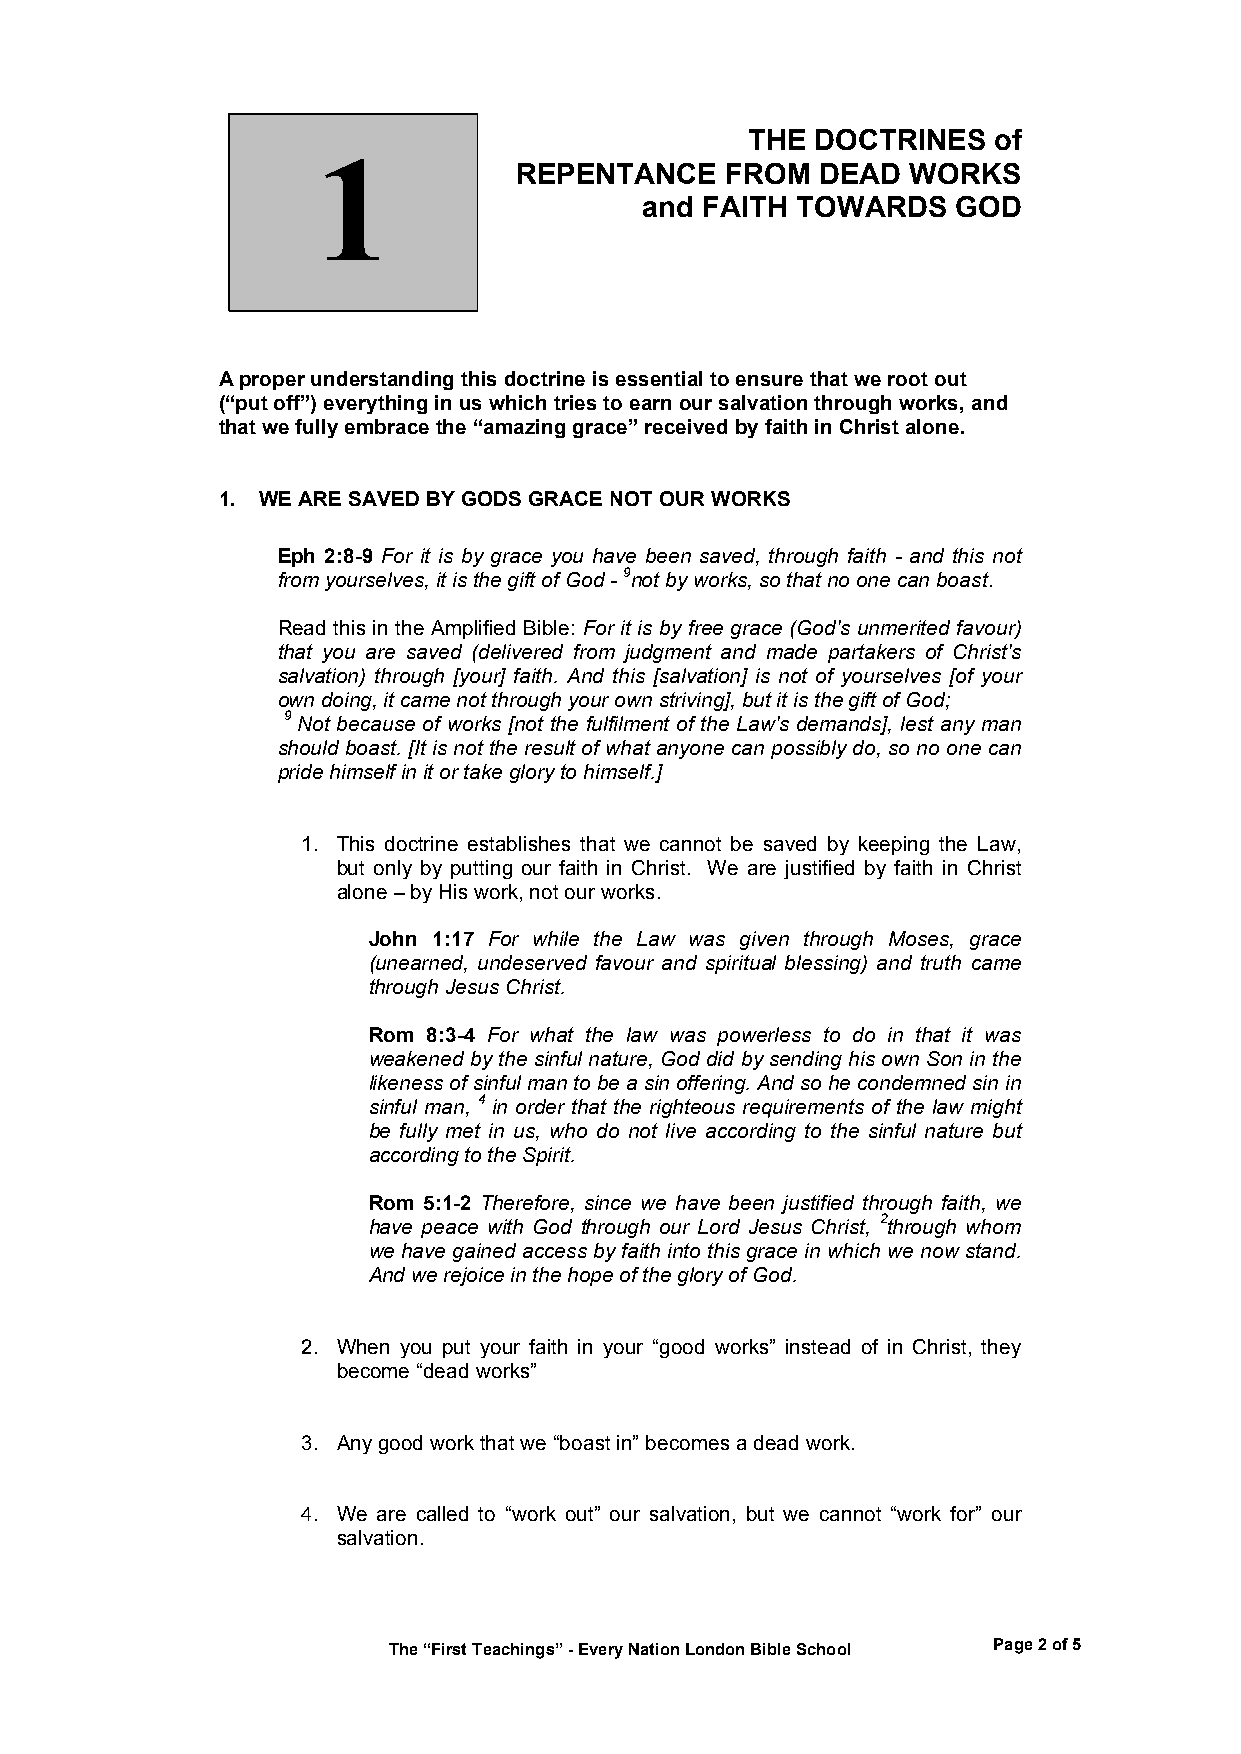
THE  DOCTRINES   of
 1
 REPENTANCE    FROM  DEAD  WORKS
 and FAITH  TOWARDS   GOD
 A proper understanding this doctrine is essential to ensure that we root out
 (“put off”) everything in us which tries to earn our salvation through works, and
 that we fully embrace the “amazing grace” received by faith in Christ alone.
 1. WE ARE SAVED BY GODS GRACE NOT OUR WORKS
 Eph 2:8-9 For it is by grace you have been saved, through faith - and this not
 from yourselves, it is the gift of God - 9not by works, so that no one can boast.
 Read this in the Amplified Bible: For it is by free grace (God's unmerited favour)
 that you are saved (delivered from judgment and made partakers of Christ's
 salvation) through [your] faith. And this [salvation] is not of yourselves [of your
 own doing, it came not through your own striving], but it is the gift of God;
 9 Not because of works [not the fulfilment of the Law's demands], lest any man
 should boast. [It is not the result of what anyone can possibly do, so no one can
 pride himself in it or take glory to himself.]
 1. This doctrine establishes that we cannot be saved by keeping the Law,
 but only by putting our faith in Christ. We are justified by faith in Christ
 alone – by His work, not our works.
 John 1:17 For while the Law was given through Moses, grace
 (unearned, undeserved favour and spiritual blessing) and truth came
 through Jesus Christ.
 Rom 8:3-4 For what the law was powerless to do in that it was
 weakened by the sinful nature, God did by sending his own Son in the
 likeness of sinful man to be a sin offering. And so he condemned sin in
 sinful man, 4 in order that the righteous requirements of the law might
 be fully met in us, who do not live according to the sinful nature but
 according to the Spirit.
 Rom 5:1-2 Therefore, since we have been justified through faith, we
 have peace with God through our Lord Jesus Christ, 2through whom
 we have gained access by faith into this grace in which we now stand.
 And we rejoice in the hope of the glory of God.
 2. When you put your faith in your “good works” instead of in Christ, they
 become “dead works”
 3. Any good work that we “boast in” becomes a dead work.
 4. We are called to “work out” our salvation, but we cannot “work for” our
 salvation.
 The “First Teachings” - Every Nation London Bible School Page 2 of 5